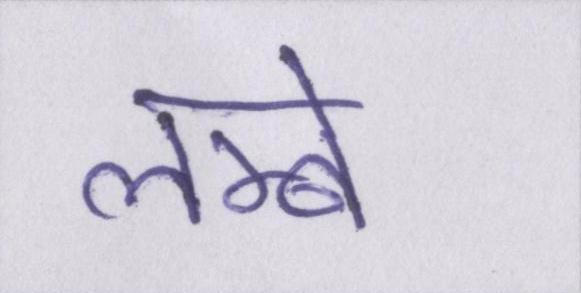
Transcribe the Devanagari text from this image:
लम्बे